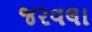
જરવલા